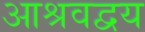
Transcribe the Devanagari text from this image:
आश्रवद्वय